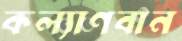
কল্যাণবান